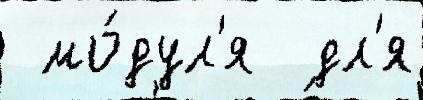
 мо́дул'я  дл'я